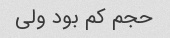
حجم کم بود ولی